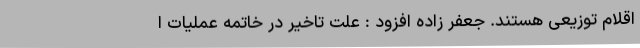
اقلام توزیعی هستند. جعفر زاده افزود : علت تاخیر در خاتمه عملیات ا